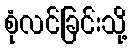
စုံလင်ခြင်းသို့